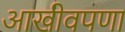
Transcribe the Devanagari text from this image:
आखीवपणा